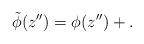
LaTeX: \begin{align*}\tilde \phi(z'')=\phi(z'')+ .\end{align*}